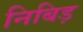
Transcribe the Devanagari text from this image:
निबिड़